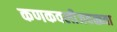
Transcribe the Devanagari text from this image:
कणकवलीजवळ्च्या